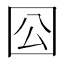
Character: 𡆾